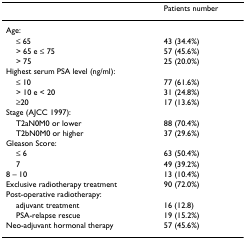
|  | Patients number |
 | --- | --- |
 | Age: |  |
 | ≤ 65 | 43 (34.4%) |
 | > 65 e ≤ 75 | 57 (45.6%) |
 | > 75 | 25 (20.0%) |
 | Highest serum PSA level (ng/ml): |  |
 | ≤ 10 | 77 (61.6%) |
 | > 10 e < 20 | 31 (24.8%) |
 | ≥20 | 17 (13.6%) |
 | Stage (AJCC 1997): |  |
 | T2aN0M0 or lower | 88 (70.4%) |
 | T2bN0M0 or higher | 37 (29.6%) |
 | Gleason Score: |  |
 | ≤ 6 | 63 (50.4%) |
 | 7 | 49 (39.2%) |
 | 8 – 10 | 13 (10.4%) |
 | Exclusive radiotherapy treatment | 90 (72.0%) |
 | Post-operative radiotherapy: |  |
 | adjuvant treatment | 16 (12.8) |
 | PSA-relapse rescue | 19 (15.2%) |
 | Neo-adjuvant hormonal therapy | 57 (45.6%) |